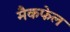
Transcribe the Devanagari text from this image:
मैकफेल